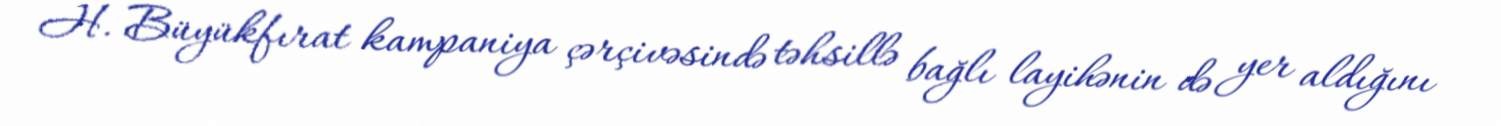
H. Büyükfırat kampaniya çərçivəsində təhsillə bağlı layihənin də yer aldığını